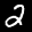
Label: 2